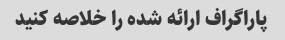
پاراگراف ارائه شده را خلاصه کنید